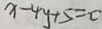
x - 4 y + 5 = c